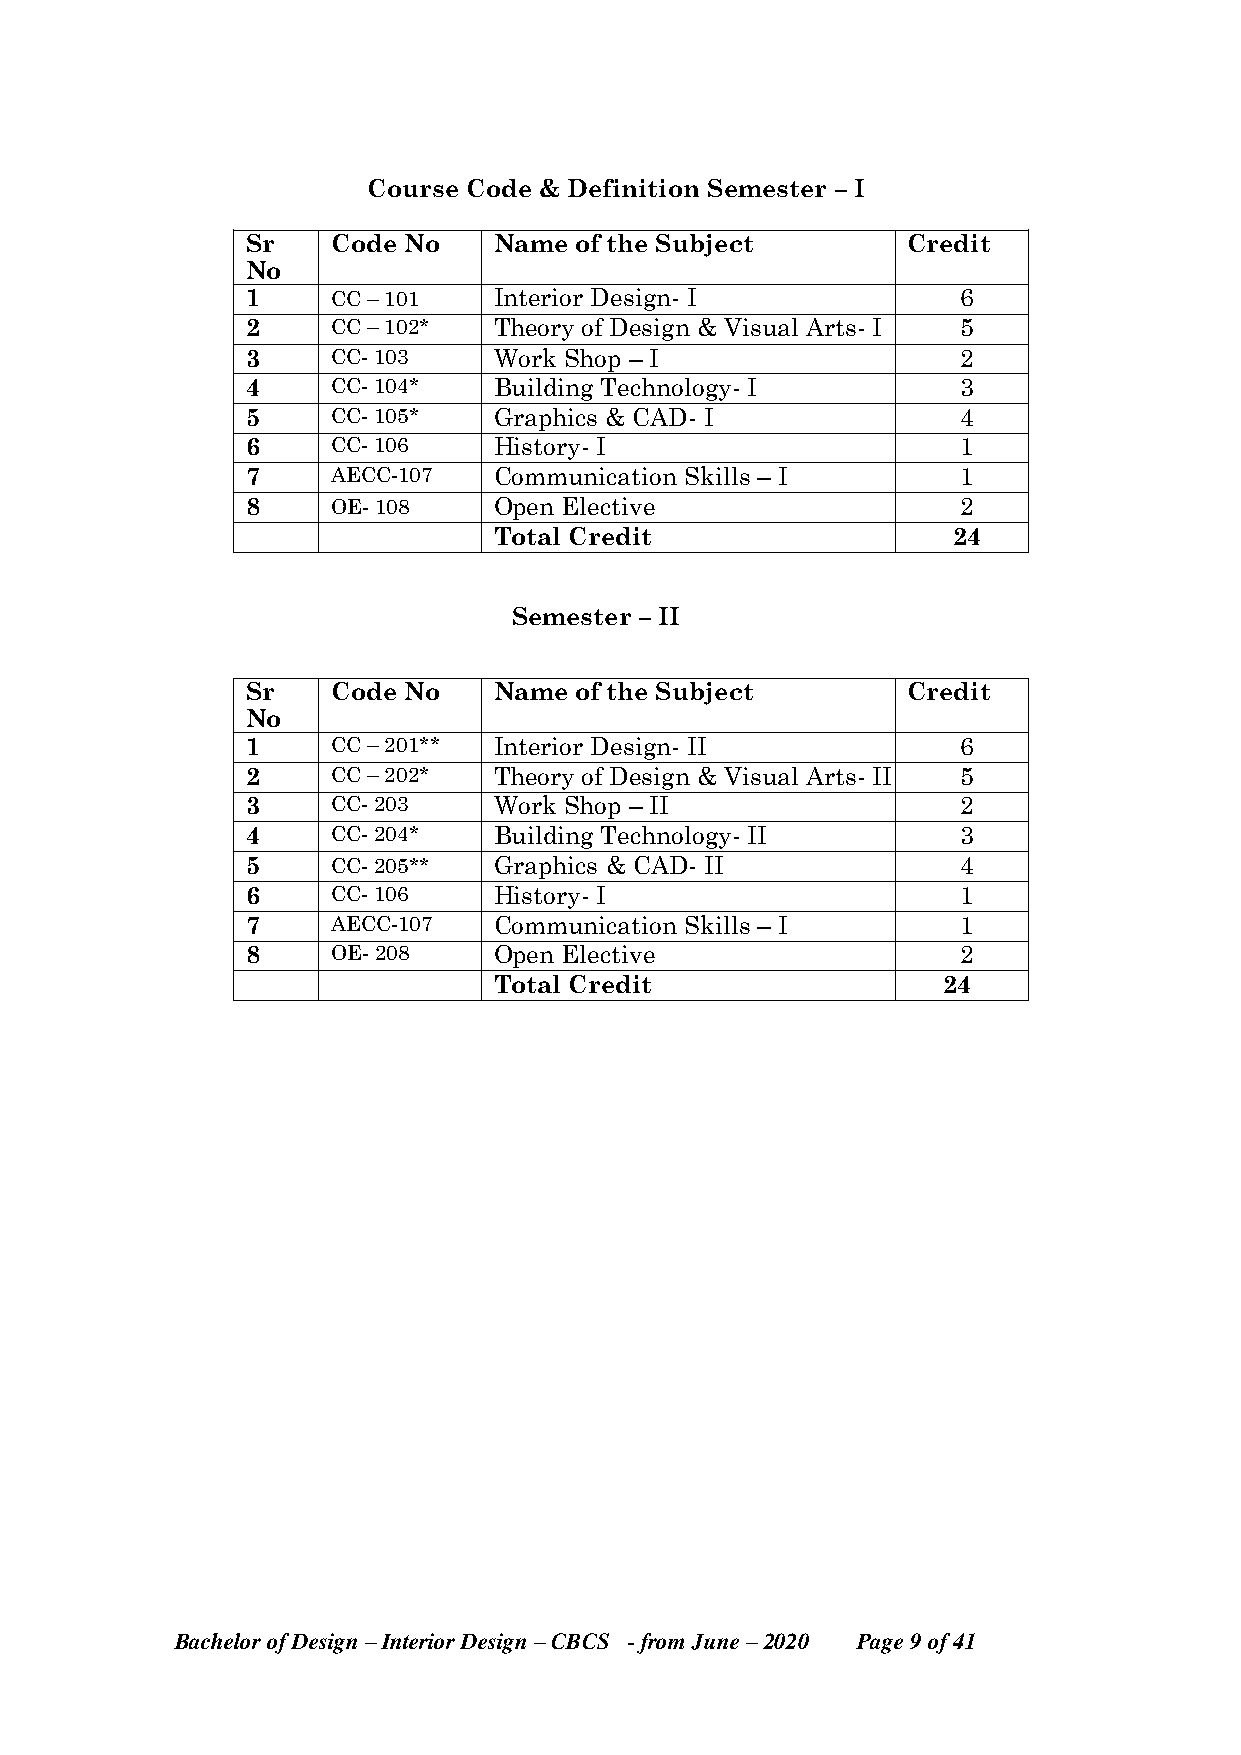
Course Code & Definition Semester – I
 Sr    Code No    Name of the Subject        Credit
 No
 1     CC – 101   Interior Design- I             6
 2     CC – 102*  Theory of Design & Visual Arts- I 5
 3     CC- 103    Work Shop – I                  2
 4     CC- 104*   Building Technology- I         3
 5     CC- 105*   Graphics & CAD- I              4
 6     CC- 106    History- I                     1
 7     AECC-107   Communication Skills – I       1
 8     OE- 108    Open Elective                  2
 Total Credit                  24
 Semester – II
 Sr    Code No    Name of the Subject        Credit
 No
 1     CC – 201** Interior Design- II            6
 2     CC – 202*  Theory of Design & Visual Arts- II 5
 3     CC- 203    Work Shop – II                 2
 4     CC- 204*   Building Technology- II        3
 5     CC- 205**  Graphics & CAD- II             4
 6     CC- 106    History- I                     1
 7     AECC-107   Communication Skills – I       1
 8     OE- 208    Open Elective                  2
 Total Credit                 24
 Bachelor of Design – Interior Design – CBCS - from June – 2020 Page 9 of 41